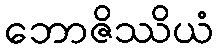
ဘောဇိဿိယံ